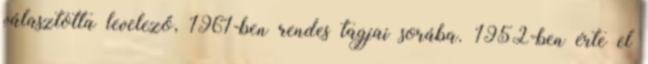
választotta levelező, 1961-ben rendes tagjai sorába. 1952-ben érte el